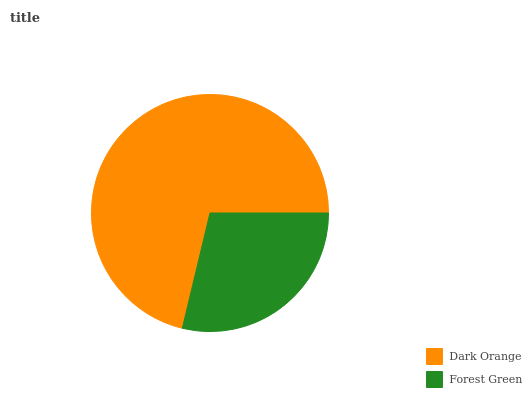
| Dark Orange | Forest Green |
 | --- | --- |
 | 71.2% | 28.8% |